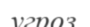
угроз